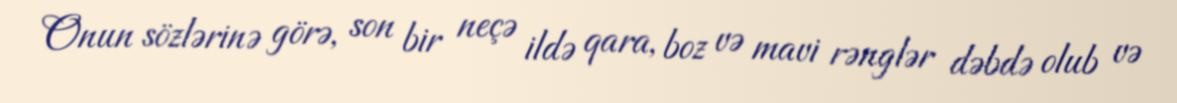
Onun sözlərinə görə, son bir neçə ildə qara, boz və mavi rənglər dəbdə olub və